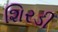
શિરડી